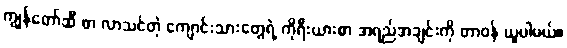
ကျွန်တော်ဆီ စာ လာသင်တဲ့ ကျောင်းသားတွေရဲ့ ကိုရီးယားစာ အရည်အချင်းကို တာဝန် ယူပါမယ်။